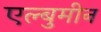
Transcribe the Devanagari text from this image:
एल्बुमीन